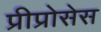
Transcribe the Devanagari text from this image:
प्रीप्रोसेस